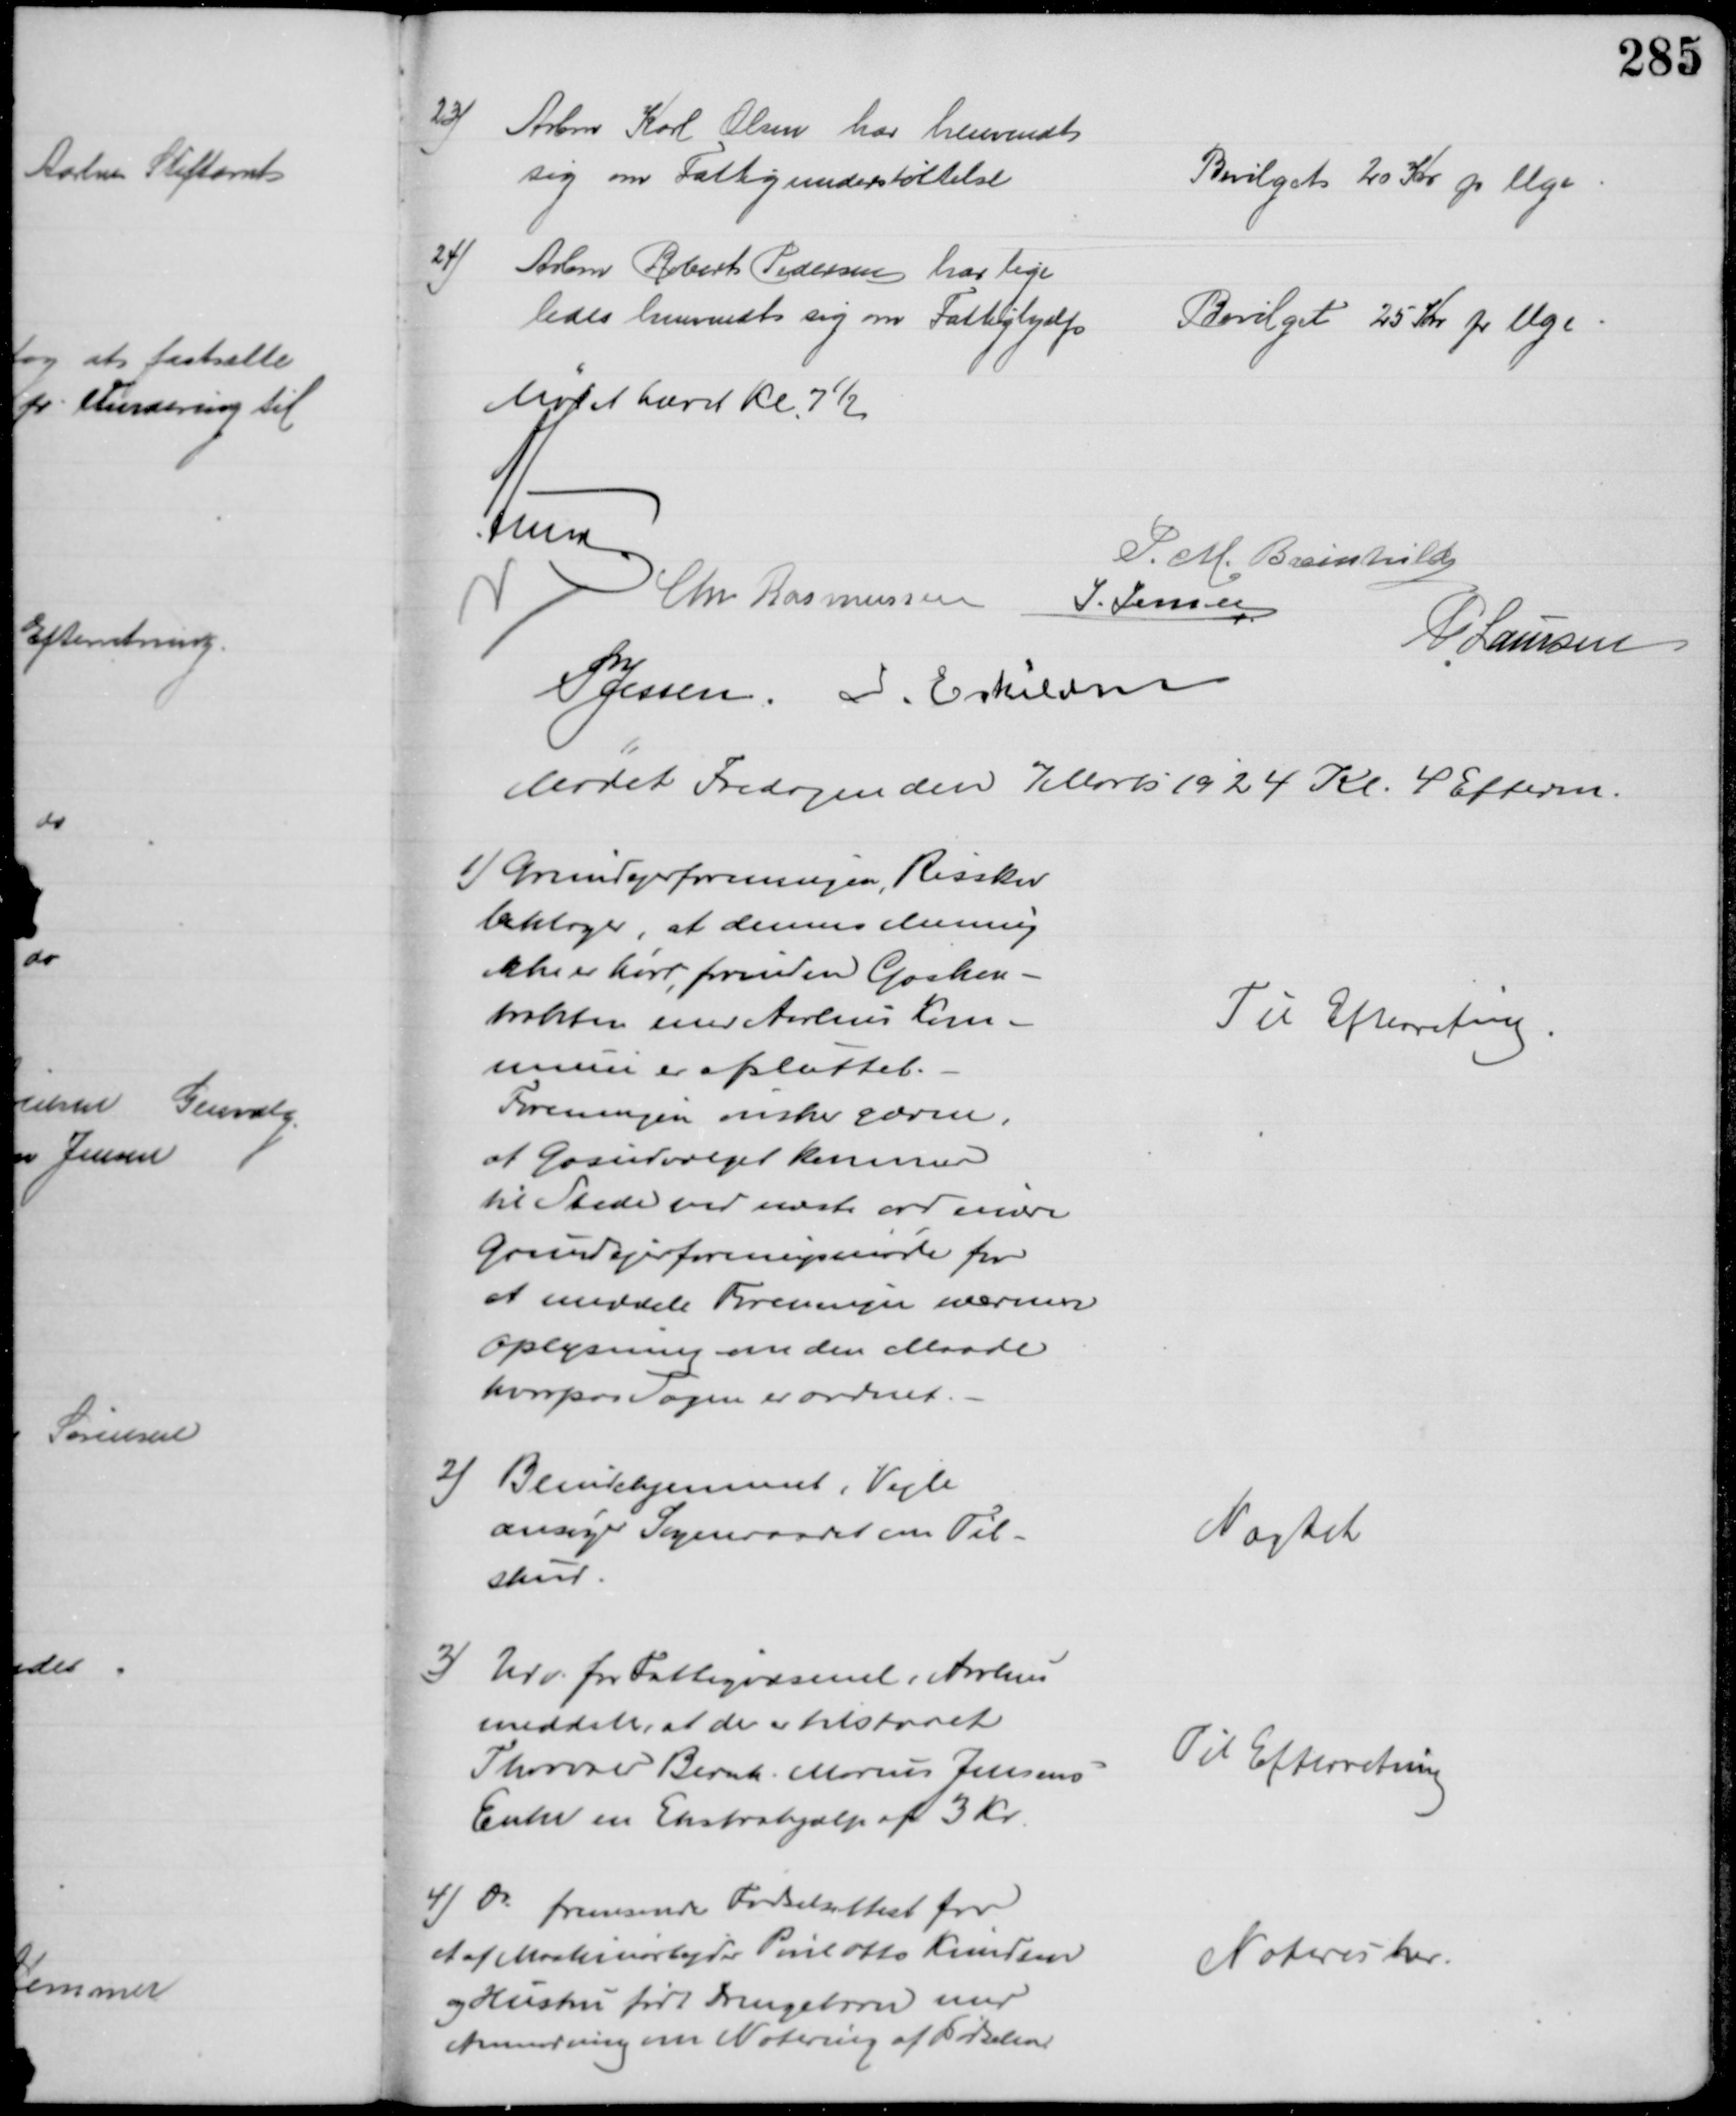
Transskription:
23)
Arbmd Karl Olsen har henvendt
sig om Fattigunderstøttelse
Bevilget 20 Kr pr Uge
24)
Arbm Robert Pedersen har lige
ledes henvendt sig om Fattighjælp
Bevilget 25 Kr pr Uge
Mødet hævet Kl. 7½
A Lund
P. M. Breinhild
Chr Rasmussen J. Jensen
P Laursen
P Jessen I. Eskildsen
Mødet Fredagen den 7 Marts 1924 Kl. 4 Efterm.
1) Grundejerforeningen, Risskov
beklager, at dennes Mening
ikke er hørt forinden Gaskon-
trakten med Aarhus Kom-
mune er afsluttet.
Foreningen ønsker gærne,
at Gasudvalget kommer
til Stede ved næste ordinære
Grundejerforeningsmøde for
at meddele Foreningen nærmere
Oplysning om den Maade
hvorpaa Sagen er ordnet.
Til Efterretning
2) 
Blindehjemmet i Vejle
ansøger Sogneraadet om Til-
skud.
Nægtet
3) Udv. for Fattigvæsenet i Aarhus
meddeler, at der er tilstaaet
Thorvald Bernh. Marius Jensens
Enke en Ekstrahjælp af 3 Kr.
Til Efterretning
4) Do fremsender Fødselsattest for
et af Maskinarbejder Poul Otto Knudsen
og Hustru født Drengebarn med
Anmodning om Notering af Fødselen
Noteres her.